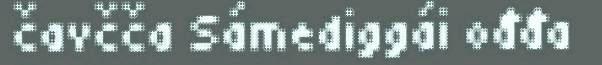
čavčča Sámediggái ođđa